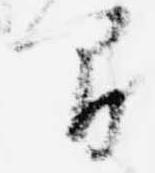
間